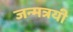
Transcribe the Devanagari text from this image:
जन्मत्रयी